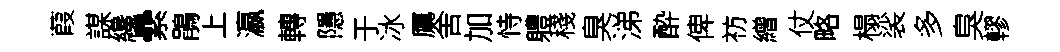
葭謀纔纍鵑上瀛轉隱于冰鷹舍加恃軆棧臭涕酔俾祊繒仗略榻裟多臭轇